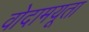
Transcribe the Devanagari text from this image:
वोदामयूता